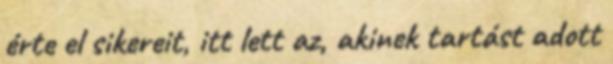
érte el sikereit, itt lett az, akinek tartást adott